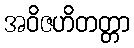
အဝိဇဟိတတ္တာ